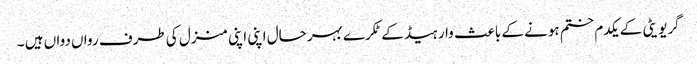
گریویٹی کے یکدم ختم ہونے کے باعث وار ہیڈ کے ٹکرے بہرحال اپنی اپنی منزل کی طرف رواں دواں ہیں ۔